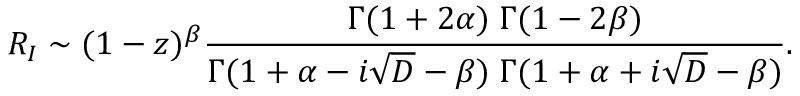
R _ { I } \sim ( 1 - z ) ^ { \beta } { \frac { \Gamma ( 1 + 2 \alpha ) \; \Gamma ( 1 - 2 \beta ) } { \Gamma ( 1 + \alpha - i \sqrt { D } - \beta ) \; \Gamma ( 1 + \alpha + i \sqrt { D } - \beta ) } } .